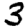
Digit: 3